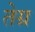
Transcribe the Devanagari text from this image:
तेग्र